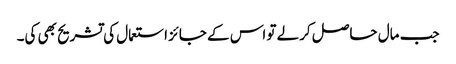
جب مال حاصل کرلے تو اس کے جائز استعمال کی تشریح بھی کی۔